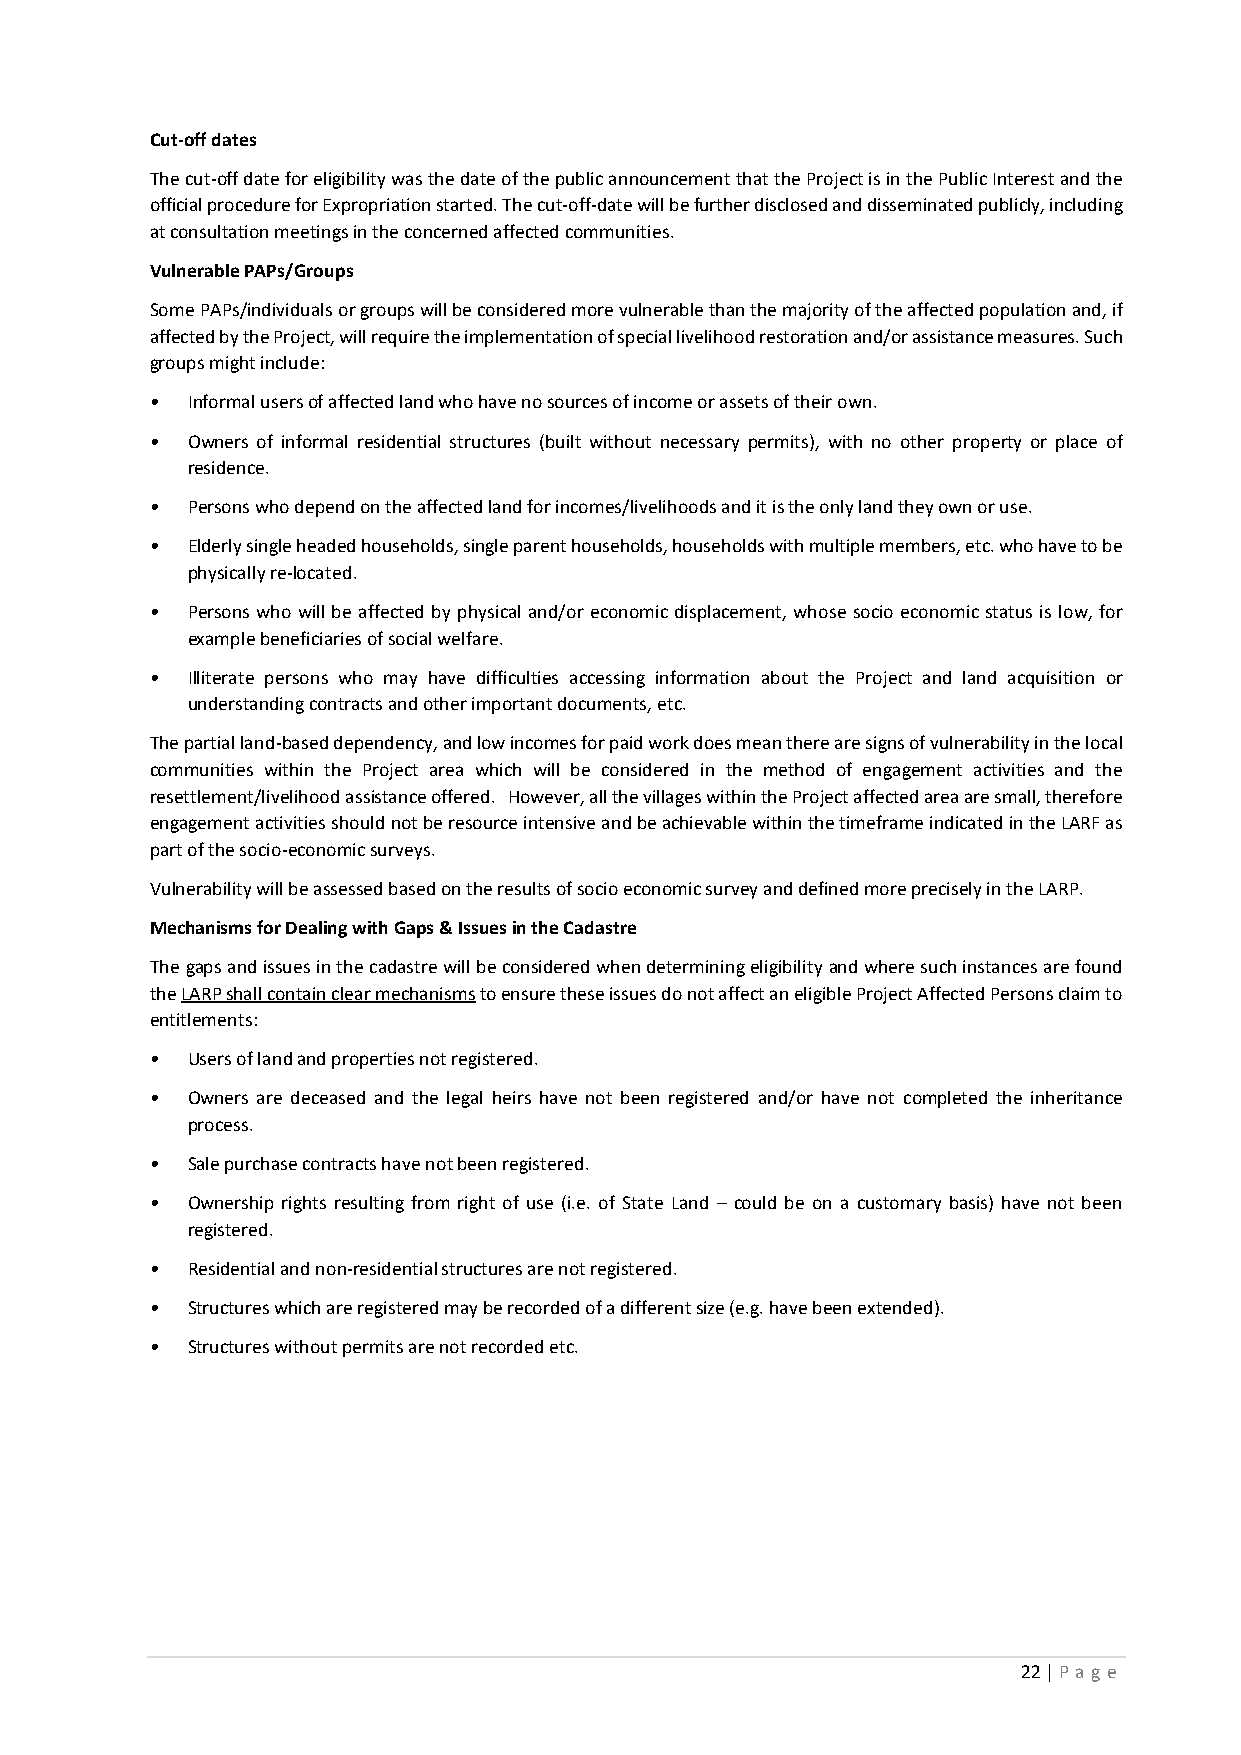
Cut-off dates
 The cut-off date for eligibility was the date of the public announcement that the Project is in the Public Interest and the
 official procedure for Expropriation started. The cut-off-date will be further disclosed and disseminated publicly, including
 at consultation meetings in the concerned affected communities.
 Vulnerable PAPs/Groups
 Some PAPs/individuals or groups will be considered more vulnerable than the majority of the affected population and, if
 affected by the Project, will require the implementation of special livelihood restoration and/or assistance measures. Such
 groups might include:
 • Informal users of affected land who have no sources of income or assets of their own.
 • Owners of informal residential structures (built without necessary permits), with no other property or place of
 residence.
 • Persons who depend on the affected land for incomes/livelihoods and it is the only land they own or use.
 • Elderly single headed households, single parent households, households with multiple members, etc. who have to be
 physically re-located.
 • Persons who will be affected by physical and/or economic displacement, whose socio economic status is low, for
 example beneficiaries of social welfare.
 • Illiterate persons who may have difficulties accessing information about the Project and land acquisition or
 understanding contracts and other important documents, etc.
 The partial land-based dependency, and low incomes for paid work does mean there are signs of vulnerability in the local
 communities within the Project area which will be considered in the method of engagement activities and the
 resettlement/livelihood assistance offered. However, all the villages within the Project affected area are small, therefore
 engagement activities should not be resource intensive and be achievable within the timeframe indicated in the LARF as
 part of the socio-economic surveys.
 Vulnerability will be assessed based on the results of socio economic survey and defined more precisely in the LARP.
 Mechanisms for Dealing with Gaps & Issues in the Cadastre
 The gaps and issues in the cadastre will be considered when determining eligibility and where such instances are found
 the LARP shall contain clear mechanisms to ensure these issues do not affect an eligible Project Affected Persons claim to
 entitlements:
 • Users of land and properties not registered.
 • Owners are deceased and the legal heirs have not been registered and/or have not completed the inheritance
 process.
 • Sale purchase contracts have not been registered.
 • Ownership rights resulting from right of use (i.e. of State Land – could be on a customary basis) have not been
 registered.
 • Residential and non-residential structures are not registered.
 • Structures which are registered may be recorded of a different size (e.g. have been extended).
 • Structures without permits are not recorded etc.
 22 | P a ge